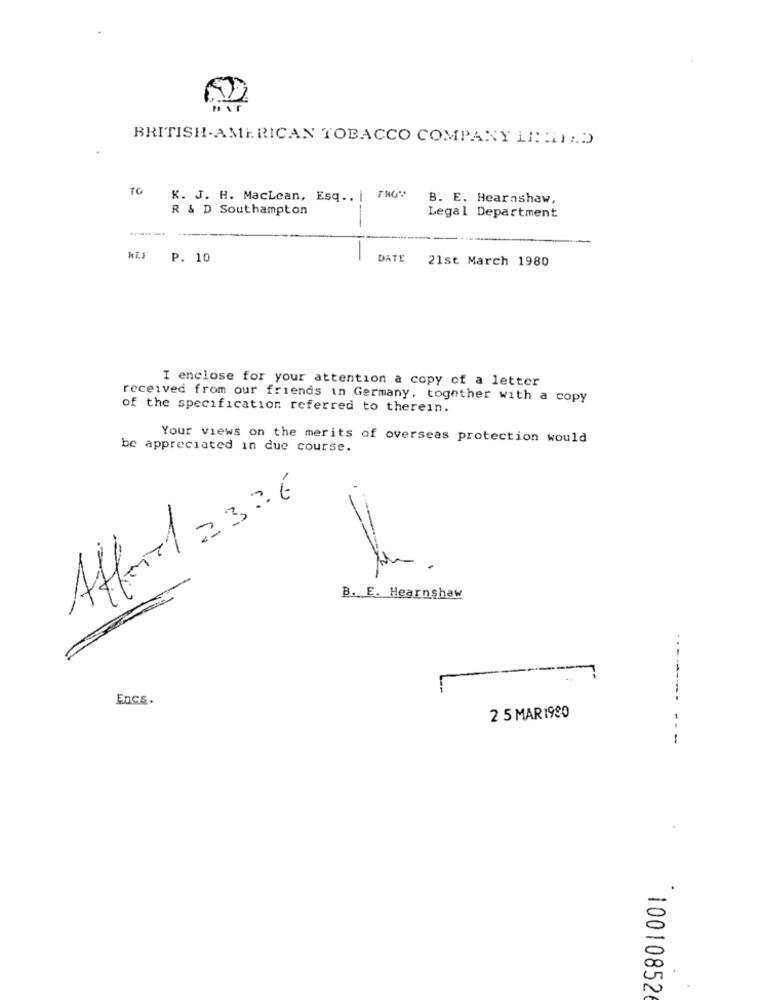
HAT
BRITISH.AMERICAN TOBACCO COMPANY LERIA.D)
TO
K. J. H. MacLcan, Esq ..
B. E. Hearnshaw,
R & D Southampton
--
Legal Department
P. 10
DATE
21st March 1980
I enclose for your attention a copy of a letter
received from our friends in Germany, together with a copy
of the specification referred to therein.
Your views on the merits of overseas protection would
be appreciated in due course.
Afford = 3.26
fin .
B. E. Hearnshaw
EnCE.
2 5 MAR1980
-
100108526